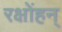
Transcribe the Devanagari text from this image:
रक्षोंहन्